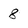
Character: 8